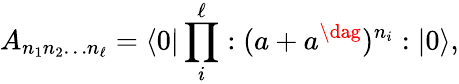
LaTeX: A_{n_{1}n_{2}\dots n_{\ell}}=\langle 0|\prod_{i}^{\ell}:(a+a^{\dag})^{n_{i}}:|0\rangle,